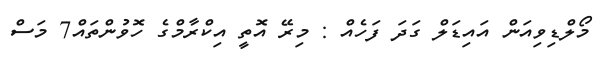
މޯލްޑިވިއަން އައިޑަލް ގަދަ ފަހެއް : މިރޭ އޮތީ އިކްރާމްގެ ހޮވުންތައް7 މަސް